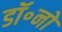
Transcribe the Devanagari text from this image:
डॉ॰नो